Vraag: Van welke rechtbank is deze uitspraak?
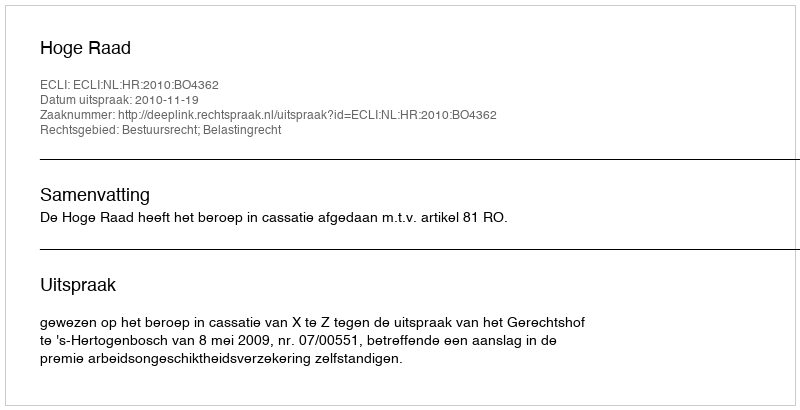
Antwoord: Hoge Raad